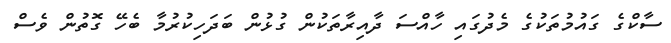
ސާކްގެ ގައުމުތަކުގެ މެދުގައި ހާއްސަ ދާއިރާތަކުން ގުޅުން ބަދަހިކުރުމާ ބެހޭ ގޮތުން ވެސް